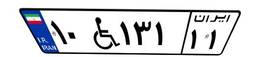
۱۰W۱۳۱۱۱